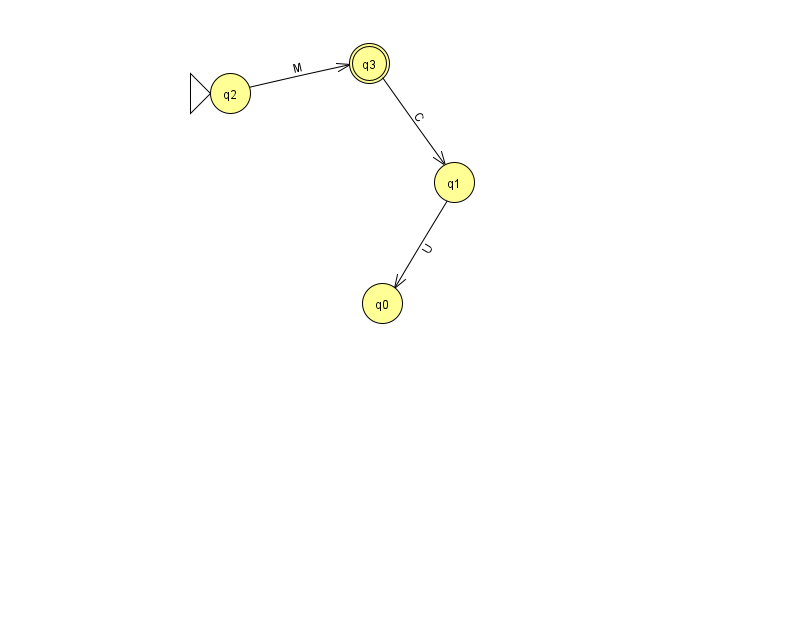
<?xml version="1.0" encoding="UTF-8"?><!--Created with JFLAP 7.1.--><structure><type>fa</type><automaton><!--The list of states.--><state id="0" name="q0"><x>382.0</x><y>290.0</y></state><state id="1" name="q1"><x>454.0</x><y>169.0</y></state><state id="2" name="q2"><x>230.0</x><y>80.0</y><initial/></state><state id="3" name="q3"><x>369.0</x><y>50.0</y><final/></state><!--The list of transitions.--><transition><from>1</from><to>0</to><read>U</read></transition><transition><from>2</from><to>3</to><read>M</read></transition><transition><from>3</from><to>1</to><read>C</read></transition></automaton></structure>